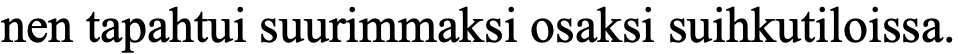
nen tapahtui suurimmaksi osaksi suihkutiloissa.